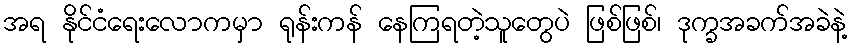
အရ နိုင်ငံရေးလောကမှာ ရုန်းကန် နေကြရတဲ့သူတွေပဲ ဖြစ်ဖြစ်၊ ဒုက္ခအခက်အခဲနဲ့